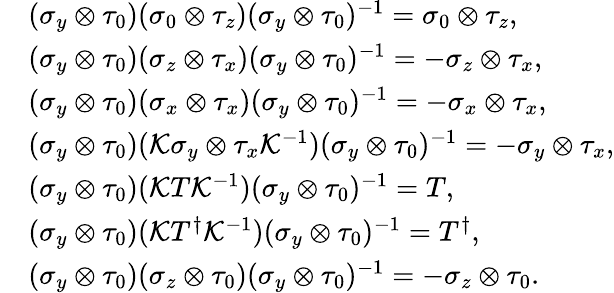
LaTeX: \begin{array}{rl}&{(\sigma_{y}\otimes\tau_{0})(\sigma_{0}\otimes\tau_{z})(\sigma_{y}\otimes\tau_{0})^{-1}=\sigma_{0}\otimes\tau_{z},}\\ &{(\sigma_{y}\otimes\tau_{0})(\sigma_{z}\otimes\tau_{x})(\sigma_{y}\otimes\tau_{0})^{-1}=-\sigma_{z}\otimes\tau_{x},}\\ &{(\sigma_{y}\otimes\tau_{0})(\sigma_{x}\otimes\tau_{x})(\sigma_{y}\otimes\tau_{0})^{-1}=-\sigma_{x}\otimes\tau_{x},}\\ &{(\sigma_{y}\otimes\tau_{0})({\cal K}\sigma_{y}\otimes\tau_{x}{\cal K}^{-1})(\sigma_{y}\otimes\tau_{0})^{-1}=-\sigma_{y}\otimes\tau_{x},}\\ &{(\sigma_{y}\otimes\tau_{0})({\cal K}T{\cal K}^{-1})(\sigma_{y}\otimes\tau_{0})^{-1}=T,}\\ &{(\sigma_{y}\otimes\tau_{0})({\cal K}T^{\dagger}{\cal K}^{-1})(\sigma_{y}\otimes\tau_{0})^{-1}=T^{\dagger},}\\ &{(\sigma_{y}\otimes\tau_{0})(\sigma_{z}\otimes\tau_{0})(\sigma_{y}\otimes\tau_{0})^{-1}=-\sigma_{z}\otimes\tau_{0}.}\end{array}